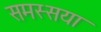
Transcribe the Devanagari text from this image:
समस्सया